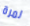
لمرة